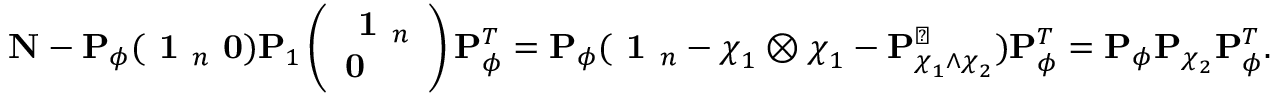
{ \bf N } - { \bf P } _ { \phi } ( \textbf { 1 } _ { n } \, \, { \bf 0 } ) { \bf P } _ { 1 } \left( \begin{array} { l } { \textbf { 1 } _ { n } } \\ { { \bf 0 } } \end{array} \right) { \bf P } _ { \phi } ^ { T } = { \bf P } _ { \phi } ( \textbf { 1 } _ { n } - \boldsymbol { \chi } _ { 1 } \otimes \boldsymbol { \chi } _ { 1 } - { \bf P } _ { \boldsymbol { \chi } _ { 1 } \wedge \boldsymbol { \chi } _ { 2 } } ^ { \perp } ) { \bf P } _ { \phi } ^ { T } = { \bf P } _ { \phi } { \bf P } _ { \boldsymbol { \chi } _ { 2 } } { \bf P } _ { \phi } ^ { T } .